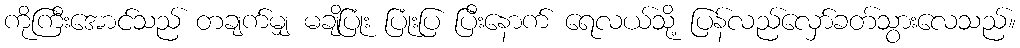
ကိုကြီးအောင်သည် တချက်မျှ မချိပြုံး ပြုံးပြ ပြီးနောက် ရေလယ်သို့ ပြန်လည်လှော်ခတ်သွားလေသည်။